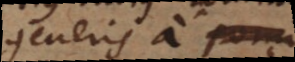
generis a cibo